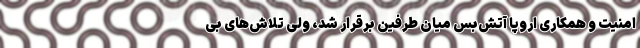
امنیت و همکاری اروپا آتش‌بس میان طرفین برقرار شد، ولی تلاش‌های بی